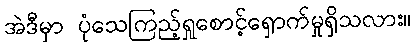
အဲဒီမှာ ပုံသေကြည့်ရှုစောင့်ရှောက်မှုရှိသလား။